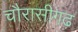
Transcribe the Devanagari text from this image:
चौरासीगढ़